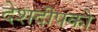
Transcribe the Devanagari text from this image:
देशदीपको